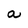
Character: a